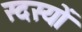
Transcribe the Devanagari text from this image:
स्दस्यों